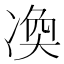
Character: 𠗫